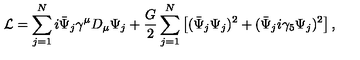
{ \cal L } = \sum _ { j = 1 } ^ { N } i \bar { \Psi } _ { j } \gamma ^ { \mu } D _ { \mu } \Psi _ { j } + \frac { G } { 2 } \sum _ { j = 1 } ^ { N } \left[ ( \bar { \Psi } _ { j } \Psi _ { j } ) ^ { 2 } + ( \bar { \Psi } _ { j } i \gamma _ { 5 } \Psi _ { j } ) ^ { 2 } \right] ,